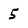
Character: 5